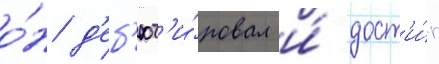
о́н д'еб'ют'и́ровал и́ дост'и́г